Indian journal of veterinary science and animal husbandry - Volume 3,
Year: 1933
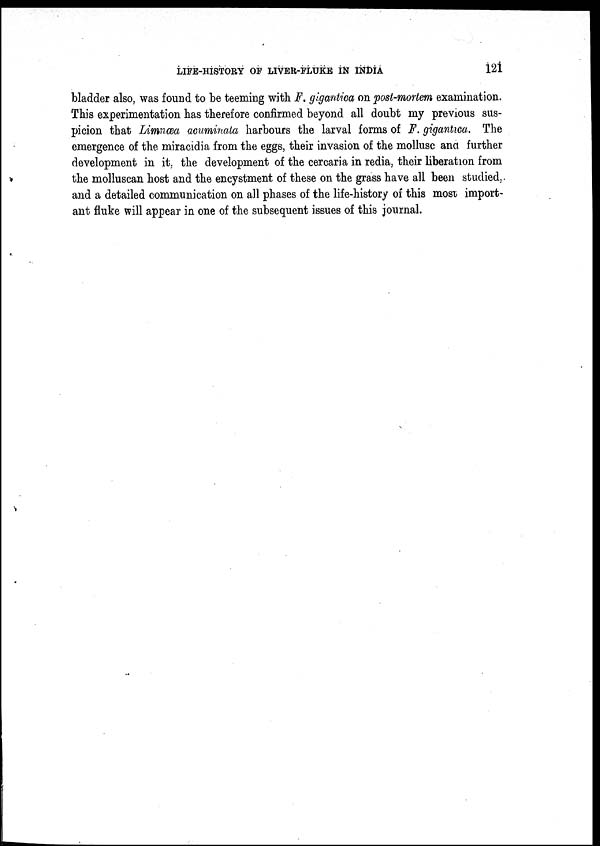
LIFE-HISTORY OF LIVER-FLUKE IN INDIA
121
bladder also, was found to be teeming with F. gigantica on post-mortem examination.
This experimentation has therefore confirmed beyond all doubt my previous sus-
picion that Limnæa acuminata harbours the larval forms of F. gigantica. The
emergence of the miracidia from the eggs, their invasion of the mollusc and further
development in it, the development of the cercaria in redia, their liberation from
the molluscan host and the encystment of these on the grass have all been studied,
and a detailed communication on all phases of the life-history of this most import-
ant fluke will appear in one of the subsequent issues of this journal.